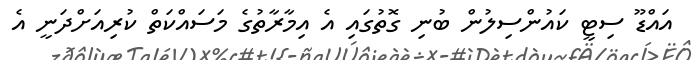
އައްޑޫ ސިޓީ ކައުންސިލުން ބުނި ގޮތުގައި އެ އިމާރާތުގެ މަސައްކަތް ކުރިއަށްދަނީ އެ